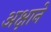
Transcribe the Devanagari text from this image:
अक्षाने